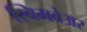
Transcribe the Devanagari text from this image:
स्विमवेअर